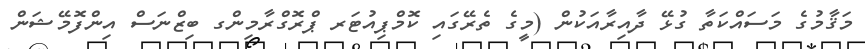
މަޤާމުގެ މަސައްކަތާ ގުޅޭ ދާއިރާއަކުން (މީގެ ތެރޭގައި ކޮމްޕިއުޓަރ ޕްރޮގްރާމިންގ ބިޒްނަސް އިންފޮމޭޝަން